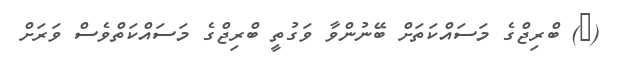
(@) ބްރިޖްގެ މަސައްކަތަށް ބޭނުންވާ ވަގުތީ ބްރިޖްގެ މަސައްކަތްވެސް ވަރަށް